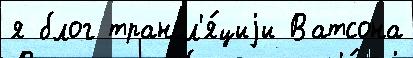
я блог трансл'я́циjи Ватсона